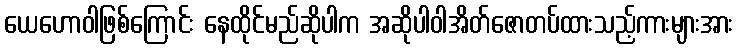
ယေဟောဝါဖြစ်ကြောင်း နေထိုင်မည်ဆိုပါက အဆိုပါဝါအိတ်ဇောတပ်ထားသည့်ကားများအား